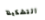
التشكيلة